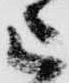
被